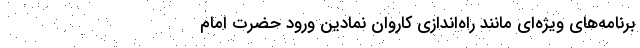
برنامه‌های ویژه‌ای مانند راه‌اندازی کاروان نمادین ورود حضرت امام